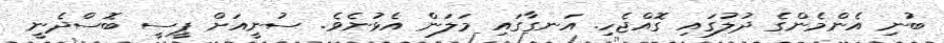
ބުނި އެންމެންގެ ދުލުގައި ގޮއްޖެހި. އަނގާގައި މަލަން އެޅުނެވެ. ސުނީއަށް ޕީސީ ބޮސްދެނީ